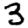
Digit: 3